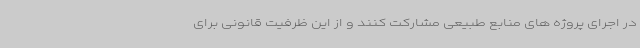
در اجرای پروژه های منابع طبیعی مشارکت کنند و از این ظرفیت قانونی برای